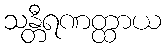
သန္တီရဏတ္ထာယ